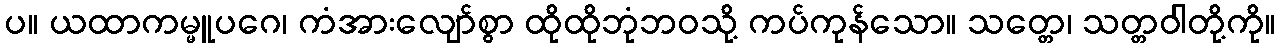
ပ။ ယထာကမ္မူပဂေ၊ ကံအားလျော်စွာ ထိုထိုဘုံဘဝသို့ ကပ်ကုန်သော။ သတ္တေ၊ သတ္တဝါတို့ကို။